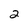
Character: 2